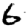
Digit: 6